Report of the Indian Hemp Drugs Commission, 1894-1895 - Volume I
Year: 1894
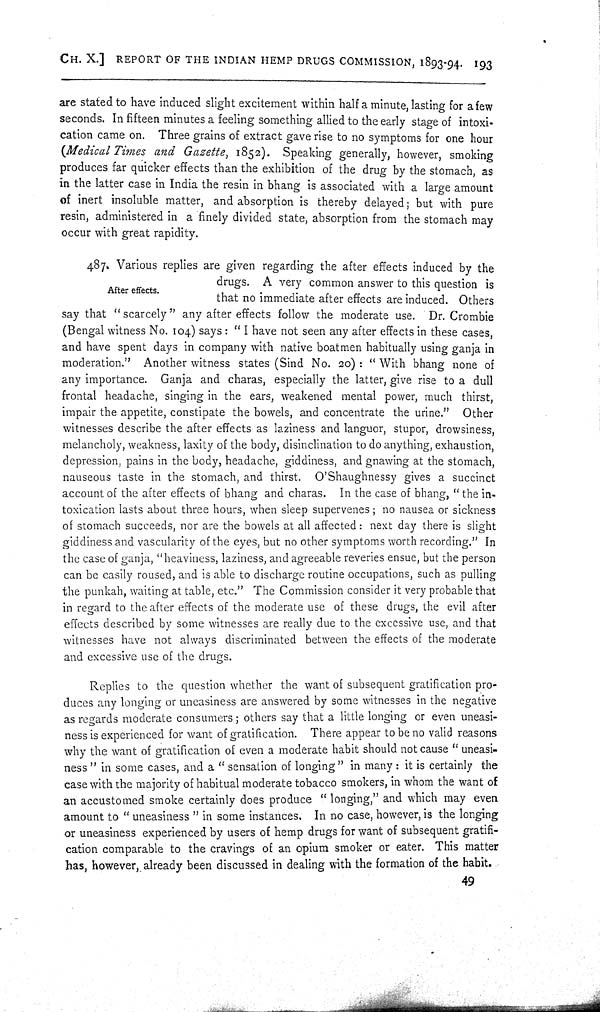
CH. X.] REPORT OF THE INDIAN HEMP DRUGS COMMISSION, 1893-94. 193
are stated to have induced slight excitement within half a minute, lasting for a few
seconds. In fifteen minutes a feeling something allied to the early stage of intoxi-
cation came on. Three grains of extract gave rise to no symptoms for one hour
(Medical Times and Gazette, 1852). Speaking generally, however, smoking
produces far quicker effects than the exhibition of the drug by the stomach, as
in the latter case in India the resin in bhang is associated with a large amount
of inert insoluble matter, and absorption is thereby delayed; but with pure
resin, administered in a finely divided state, absorption from the stomach may
occur with great rapidity.
After effects.
487. Various replies are given regarding the after effects induced by the
drugs. A very common answer to this question is
that no immediate after effects are induced. Others
say that "scarcely" any after effects follow the moderate use. Dr. Crombie
(Bengal witness No. 104) says: "I have not seen any after effects in these cases,
and have spent days in company with native boatmen habitually using ganja in
moderation." Another witness states (Sind No. 20): "With bhang none of
any importance. Ganja and charas, especially the latter, give rise to a dull
frontal headache, singing in the ears, weakened mental power, much thirst,
impair the appetite, constipate the bowels, and concentrate the urine." Other
witnesses describe the after effects as laziness and languor, stupor, drowsiness,
melancholy, weakness, laxity of the body, disinclination to do anything, exhaustion,
depression, pains in the body, headache, giddiness, and gnawing at the stomach,
nauseous taste in the stomach, and thirst. O'Shaughnessy gives a succinct
account of the after effects of bhang and charas. In the case of bhang, "the in-
toxication lasts about three hours, when sleep supervenes; no nausea or sickness
of stomach succeeds, nor are the bowels at all affected: next day there is slight
giddiness and vascularity of the eyes, but no other symptoms worth recording." In
the case of ganja, "heaviness, laziness, and agreeable reveries ensue, but the person
can be easily roused, and is able to discharge routine occupations, such as pulling
the punkah, waiting at table, etc." The Commission consider it very probable that
in regard to the after effects of the moderate use of these drugs, the evil after
effects described by some witnesses are really due to the excessive use, and that
witnesses have not always discriminated between the effects of the moderate
and excessive use of the drugs.
Replies to the question whether the want of subsequent gratification pro-
duces any longing or uneasiness are answered by some witnesses in the negative
as regards moderate consumers; others say that a little longing or even uneasi-
ness is experienced for want of gratification. There appear to be no valid reasons
why the want of gratification of even a moderate habit should not cause "uneasi-
ness" in some cases, and a "sensation of longing" in many: it is certainly the
case with the majority of habitual moderate tobacco smokers, in whom the want of
an accustomed smoke certainly does produce "longing," and which may even
amount to "uneasiness" in some instances. In no case, however, is the longing
or uneasiness experienced by users of hemp drugs for want of subsequent gratifi-
cation comparable to the cravings of an opium smoker or eater. This matter
has, however, already been discussed in dealing with the formation of the habit.
49